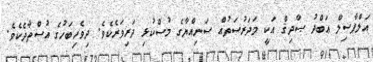
އަލްފާޟިލް ޢަބްދު ޞާދިޤް އަކީ މަދަރުސަތުއް ސަނިއްޔާގެ މުސްކުޅި ދަރިވަރެކެވެ. ދިވެހިބަހުގެ އުސްތާޛެކެވެ.